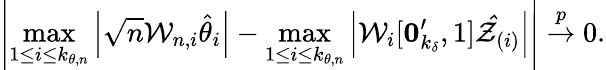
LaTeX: \left\vert\operatorname*{max}_{1\leq i\leq k_{\theta,n}}\left\vert\sqrt{n}\mathcal{W}_{n,i}\hat{\theta}_{i}\right\vert-\operatorname*{max}_{1\leq i\leq k_{\theta,n}}\left\vert\mathcal{W}_{i}[\boldsymbol{0}_{k_{\delta}}^{\prime},1]\mathcal{\hat{Z}}_{(i)}\right\vert\right\vert\overset{p}{\rightarrow}0.